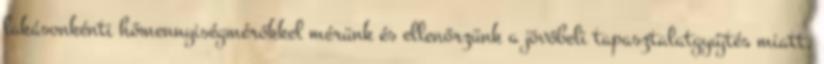
lakásonkénti hőmennyiségmérőkkel mérünk és ellenőrzünk a jövőbeli tapasztalatgyűjtés miatt.